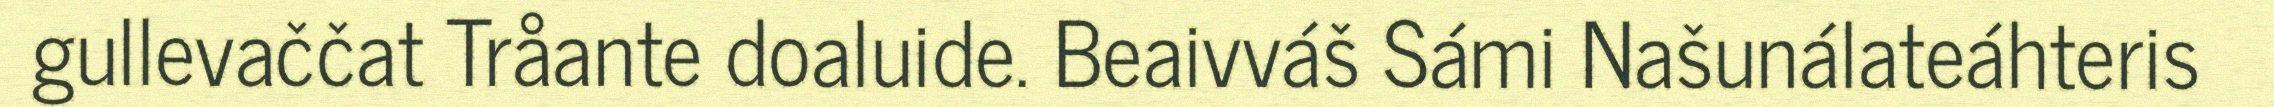
gullevaččat Tråante doaluide. Beaivváš Sámi Našunálateáhteris